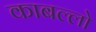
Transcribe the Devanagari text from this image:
काबल्लो